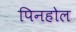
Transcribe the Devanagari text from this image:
पिनहोल